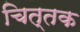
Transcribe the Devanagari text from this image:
चित्तक